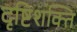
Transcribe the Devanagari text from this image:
दृष्टिशक्ति